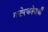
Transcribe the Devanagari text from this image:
मनोरचनेपायी